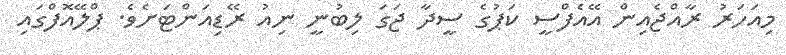
މިއަހަރު ރާއްޖެއިން އޭއެފްސީ ކަޕުގެ ސީދާ ޖަގަ ލިބުނީ ނިއު ރޭޑިއަންޓަށެވެ. ޕްލޭއޮފްގައި